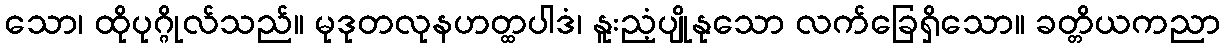
သော၊ ထိုပုဂ္ဂိုလ်သည်။ မုဒုတလုနဟတ္ထပါဒံ၊ နူးညံ့ပျိုနုသော လက်ခြေရှိသော။ ခတ္တိယကညာ